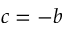
c = - b